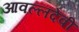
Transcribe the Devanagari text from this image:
आवल्लदेवी